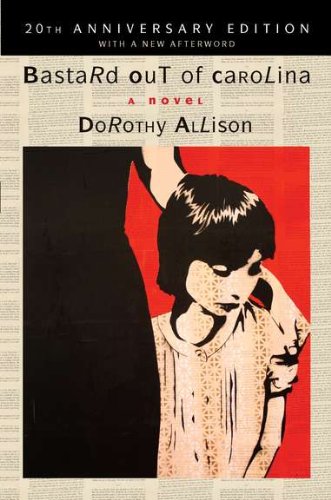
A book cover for Bastard Out of Carolina: A Novel; Dorothy Allison; Literature & Fiction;